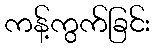
ကန့်ကွက်ခြင်း